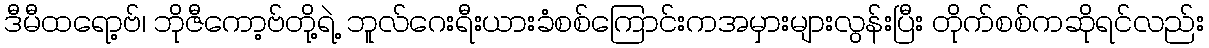
ဒီမီထရော့ဗ်၊ ဘိုဇီကော့ဗ်တို့ရဲ့ ဘူလ်ဂေးရီးယားခံစစ်ကြောင်းကအမှားများလွန်းပြီး တိုက်စစ်ကဆိုရင်လည်း